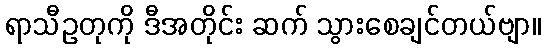
ရာသီဥတုကို ဒီအတိုင်း ဆက် သွားစေချင်တယ်ဗျာ။